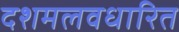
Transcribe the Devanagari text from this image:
दशमलवधारित